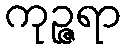
ကုဉ္ဇရာ